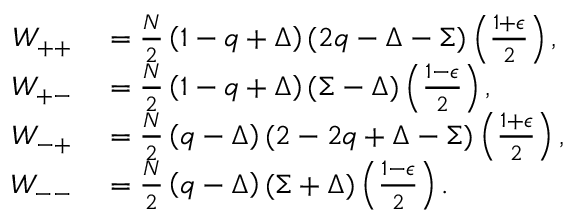
\begin{array} { r l } { W _ { + + } } & { { } = \frac { N } { 2 } \left( 1 - q + \Delta \right) ( 2 q - \Delta - \Sigma ) \left( \frac { 1 + \epsilon } { 2 } \right) , } \\ { W _ { + - } } & { { } = \frac { N } { 2 } \left( 1 - q + \Delta \right) ( \Sigma - \Delta ) \left( \frac { 1 - \epsilon } { 2 } \right) , } \\ { W _ { - + } } & { { } = \frac { N } { 2 } \left( q - \Delta \right) ( 2 - 2 q + \Delta - \Sigma ) \left( \frac { 1 + \epsilon } { 2 } \right) , } \\ { W _ { -- } } & { { } = \frac { N } { 2 } \left( q - \Delta \right) ( \Sigma + \Delta ) \left( \frac { 1 - \epsilon } { 2 } \right) . } \end{array}